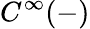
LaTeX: C^{\infty}(-)